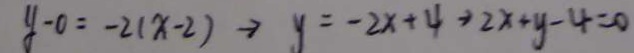
y - 0 = - 2 ( x - 2 ) \rightarrow y = - 2 x + 4 \rightarrow 2 x + y - 4 = 0